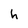
Character: h